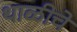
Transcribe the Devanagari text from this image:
थाळीचे